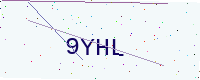
Text: 9YHL